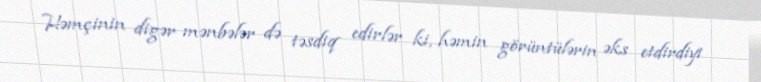
Həmçinin digər mənbələr də təsdiq edirlər ki, həmin görüntülərin əks etdirdiyi